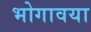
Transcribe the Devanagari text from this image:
भोगावया